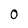
Character: 0